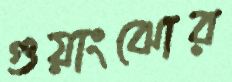
গুয়াংঝোর